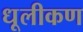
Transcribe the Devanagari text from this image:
धूलीकण